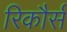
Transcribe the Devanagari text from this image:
रिकौर्स